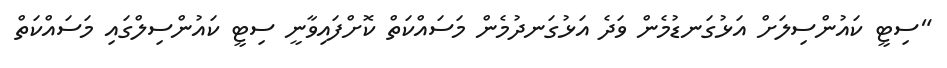
"ސިޓީ ކައުންސިލަށް އަޅުގަނޑުމެން ވަދެ އަޅުގަނދުމެން މަސައްކަތް ކޮށްފައިވާނީ ސިޓީ ކައުންސިލްގައި މަސައްކަތް